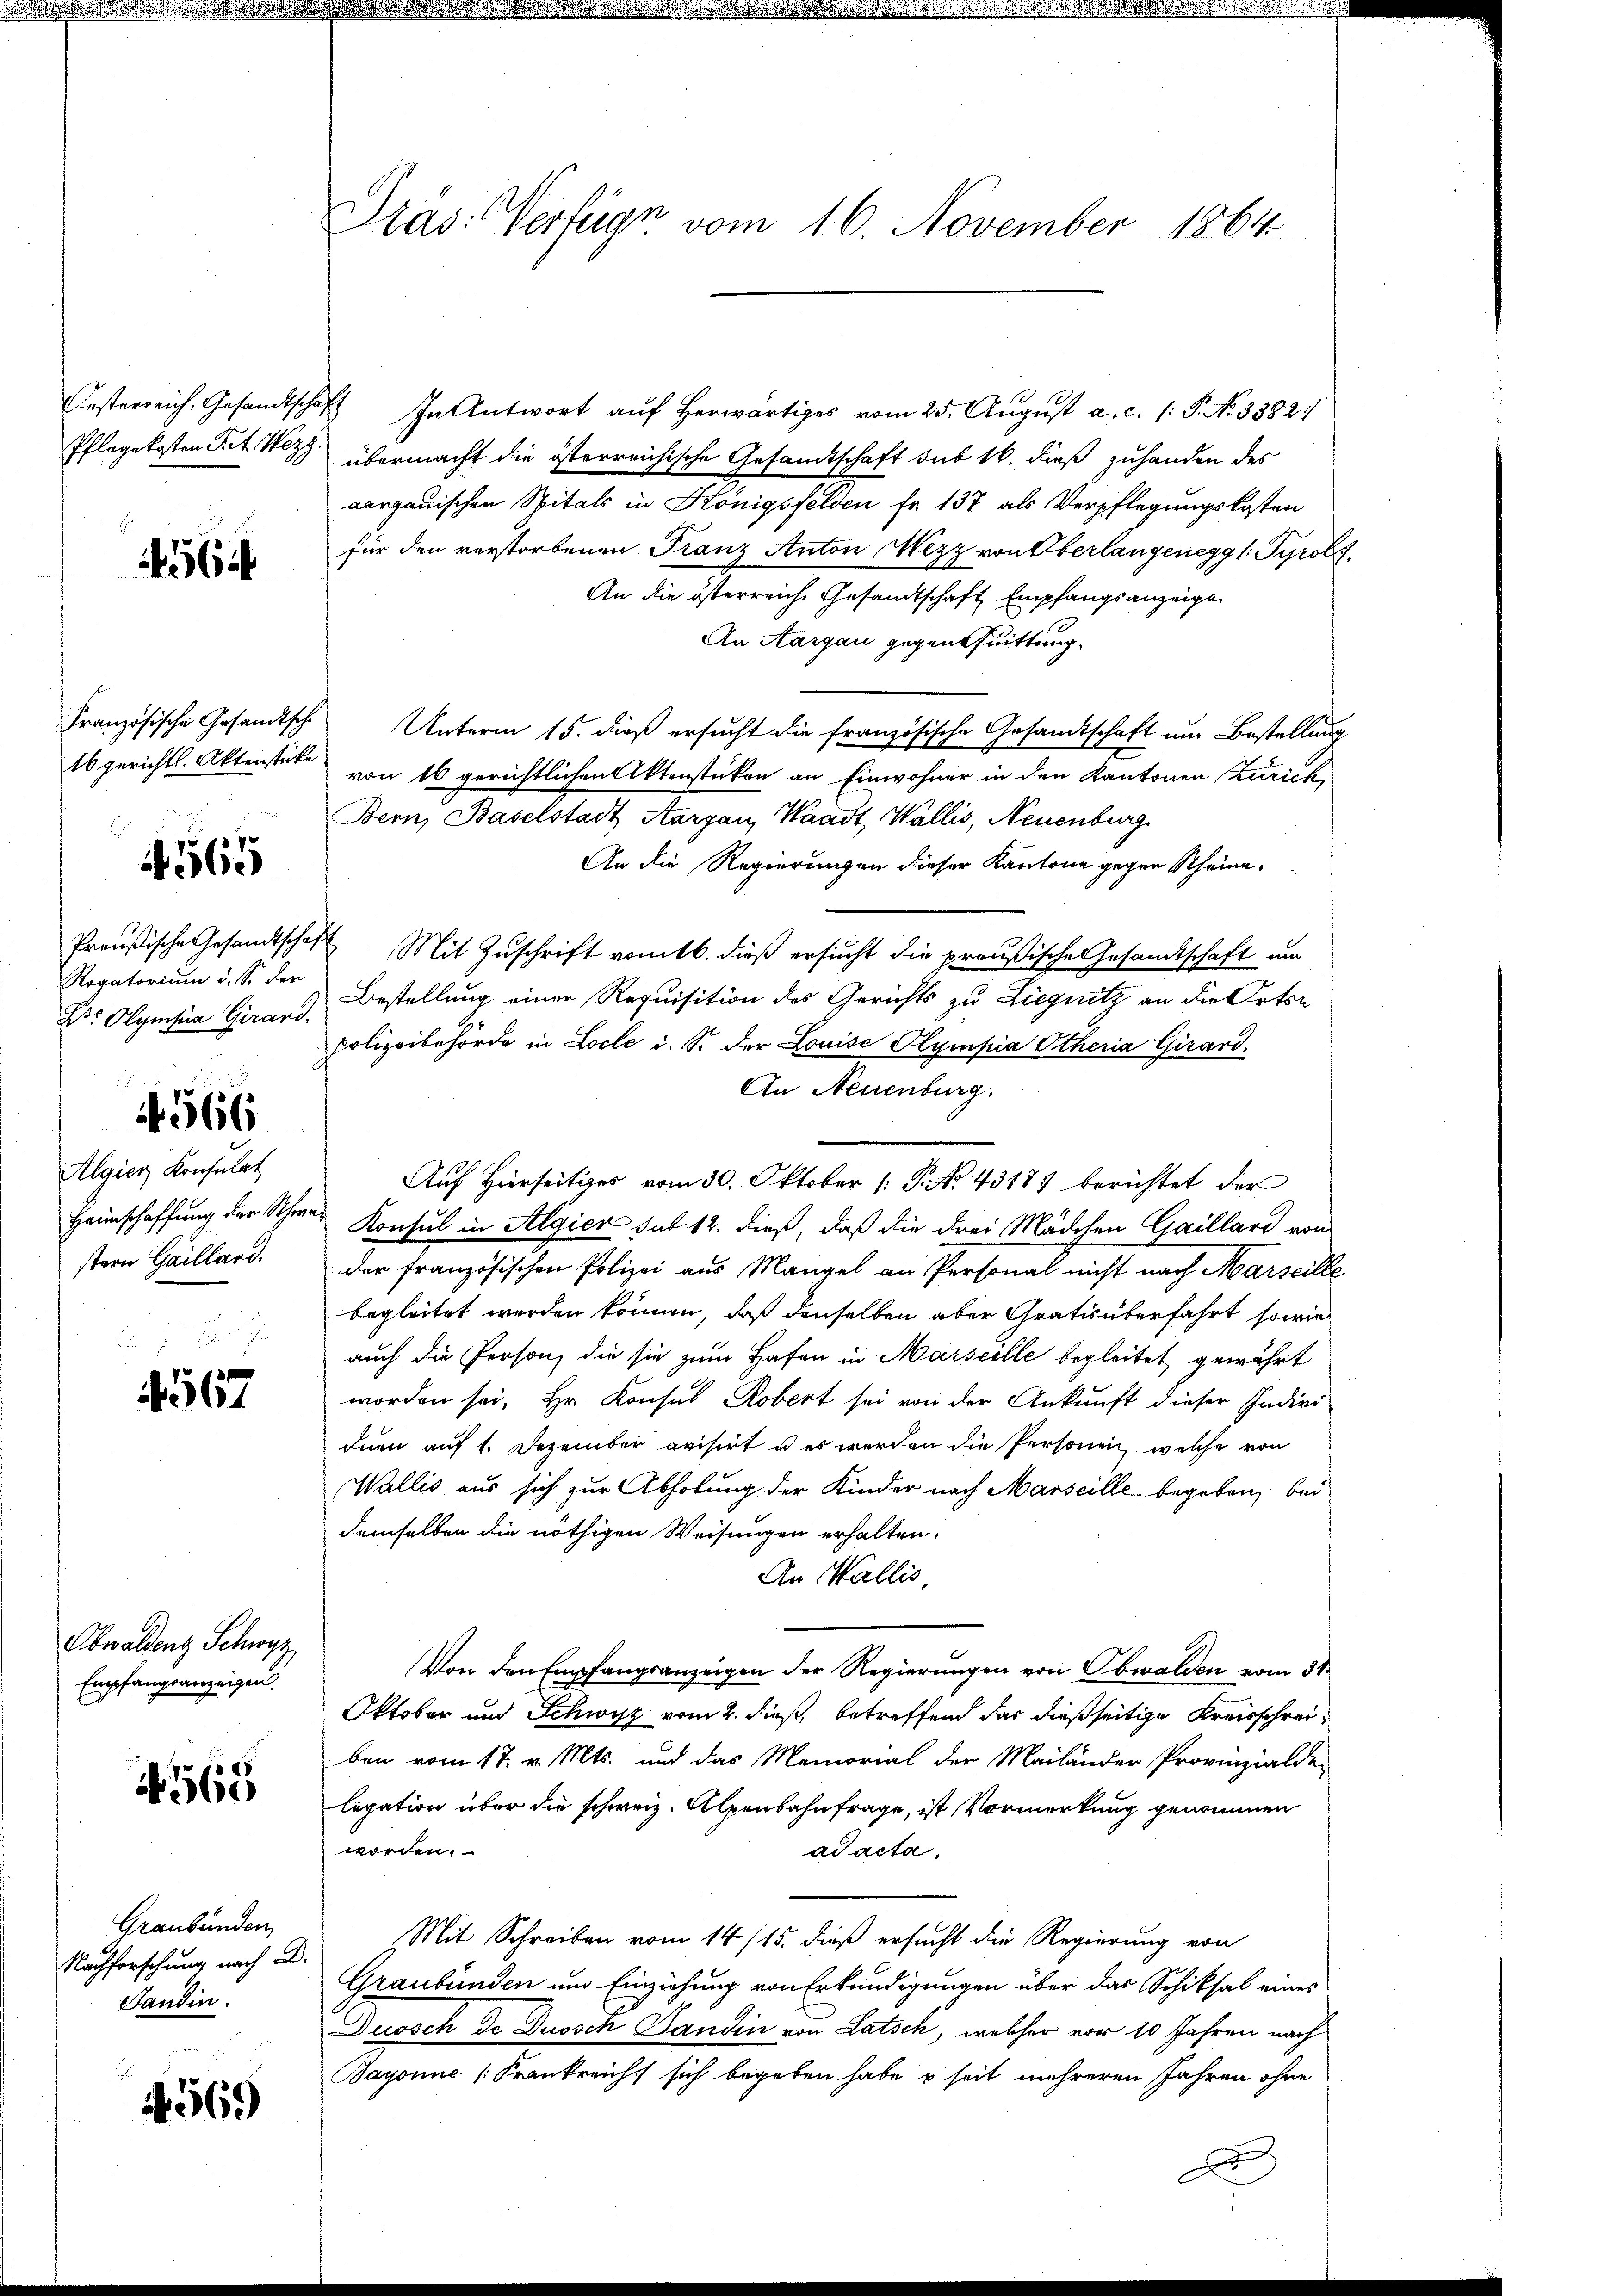
Oesterreich, Gesandtscha
Pflegekosten Tit. Wezz

4564

16 gerichtl. Aktenstücke

565

Preußische Gesandtschaf
Rogatorium d. S. der
Dr Olympia Girard,

4566

Algier Konsulat
Heimschaffung der Scherstern Gaillard.

4567

Obwaldent Schwyz
Empfangsanzeigen.

N 565

Graubünden,
Nachforschung nach A.
Sandin.

4569

Pras: Verfüge vom 16. November 1864

In Antwort aŭf herwärtiges vom 25. Aŭgŭst a. c. (: P. Nr. 3382;
übermacht die österreichische Gesandtschaft sub 16. dieß zuhanden des
aargauischen Spitals in Königsfelden Fr. 137 als Verpflegungskosten
für den verstorbenen Franz Anton Mezz von Oberlangenegg 1. Tyrol
An die österreiche Gesandtschaft Empfangsanzeige
An Aargau gegentuittung.
Französische Gesandtsche Unterm 15. dieß ersucht die französische Gesandtschaft um Bestellung
von 16 gerichtlichen Aktenstücken an Einwohner in den Kantonen Zürich
Bern, Baselstadt Aargau, Waadt, Wallis, Neuenburg
An die Regierungen dieser Kantone gegen Rheine¬
4 Mit Zuschrift vom 16. dieß ersucht die preußischen Gesandtschaft und
Bestellung einer Requisition des Gerichts zu Liegnitz an die Ortse
polizeibehörde in Loche u. S. der Louise Olympia Otheria Girard.
An Neuenburg.
Auf Hierseitiges vom 30. Oktober (: P. No 43187 berichtet der
Konsul in Algier sub 12. dieß, daß die drei Mädchen Gaillard von
der französischen Polizei aus Mangel an Personal nicht nach Marseille
begleitet werden können, daß denselben aber Gratis überfahrt, sowie
auch die Person, die sie zum Hafen in Marseille begleitet gewährt
worden sei. Hr. Konsul Robert sei von der Ankunft dieser Indivi-
duen auf 1. Dezember avisirt u es werden die Personen, welche von
Wallis aus sich zur Abholung der Kinder nach Marseille begeben, bei
demselben die nöthigen Weisungen erhalten.
An Wallis,
Von den Empfangsanzeigen der Regierungen von Obwalden vom 31
Oktober und Schwyz vom 2. dieß, betreffend das dießseitige Kreisschreiben vom 17. v. Mts. und das Memorial der Mailänder Provinzialde
legation über die schweiz. Alpenbahnfrage, ist Vormerkung genommen
worden.
ad acta.
Mit Schreiben vom 14/15. dieß ersucht die Regierung von
Graubünden um Einziehung von Erkundigungen über das Schiksal eines
Ducosch de Duosch Ganden von Latsch, welcher vor 10 Jahren nach
Bayonne (Frankreich sich begeben habe & seit mehreren Jahren ohne
A